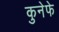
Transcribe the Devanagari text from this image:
कुनेफे